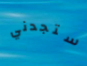
ستجدني